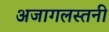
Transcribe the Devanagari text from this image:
अजागलस्तनी